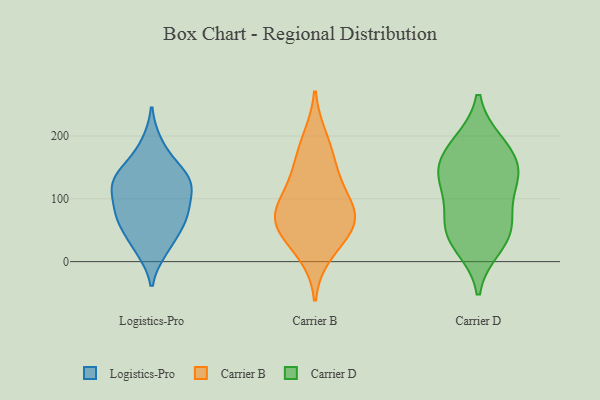
{"axis": {"x": "Churn Rate (%)", "y": "Value"}, "legend": ["Carrier B", "Carrier D", "Logistics-Pro"], "data": [{"x": "", "y": 75, "type": "Logistics-Pro"}, {"x": "", "y": 20, "type": "Logistics-Pro"}, {"x": "", "y": 72, "type": "Logistics-Pro"}, {"x": "", "y": 121, "type": "Logistics-Pro"}, {"x": "", "y": 116, "type": "Logistics-Pro"}, {"x": "", "y": 115, "type": "Logistics-Pro"}, {"x": "", "y": 144, "type": "Logistics-Pro"}, {"x": "", "y": 67, "type": "Logistics-Pro"}, {"x": "", "y": 125, "type": "Logistics-Pro"}, {"x": "", "y": 187, "type": "Logistics-Pro"}, {"x": "", "y": 148, "type": "Logistics-Pro"}, {"x": "", "y": 68, "type": "Logistics-Pro"}, {"x": "", "y": 28, "type": "Logistics-Pro"}, {"x": "", "y": 135, "type": "Carrier B"}, {"x": "", "y": 54, "type": "Carrier B"}, {"x": "", "y": 52, "type": "Carrier B"}, {"x": "", "y": 60, "type": "Carrier B"}, {"x": "", "y": 196, "type": "Carrier B"}, {"x": "", "y": 161, "type": "Carrier B"}, {"x": "", "y": 81, "type": "Carrier B"}, {"x": "", "y": 13, "type": "Carrier B"}, {"x": "", "y": 79, "type": "Carrier B"}, {"x": "", "y": 104, "type": "Carrier B"}, {"x": "", "y": 148, "type": "Carrier D"}, {"x": "", "y": 66, "type": "Carrier D"}, {"x": "", "y": 182, "type": "Carrier D"}, {"x": "", "y": 115, "type": "Carrier D"}, {"x": "", "y": 187, "type": "Carrier D"}, {"x": "", "y": 45, "type": "Carrier D"}, {"x": "", "y": 52, "type": "Carrier D"}, {"x": "", "y": 143, "type": "Carrier D"}, {"x": "", "y": 134, "type": "Carrier D"}, {"x": "", "y": 26, "type": "Carrier D"}]}